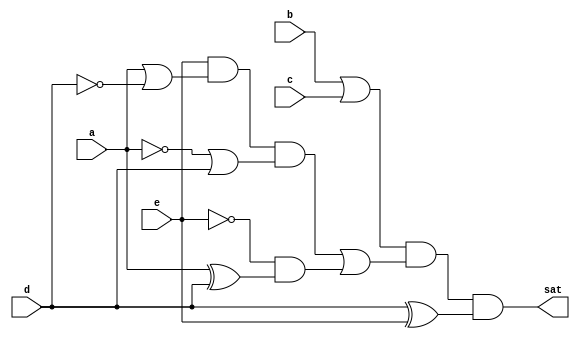
// Benchmark "test3" written by ABC on Mon Oct  3 15:39:35 2022

module test3 ( 
    a, b, c, d, e,
    sat  );
  input  a, b, c, d, e;
  output sat;
  wire new_n0_, new_n1_, new_n2_;
  assign new_n0_ = (e & (a | ~d) & (~a | d)) | (~e & (a ^ d));
  assign new_n1_ = d ^ e;
  assign new_n2_ = b | c;
  assign sat = new_n2_ & new_n0_ & new_n1_;
endmodule